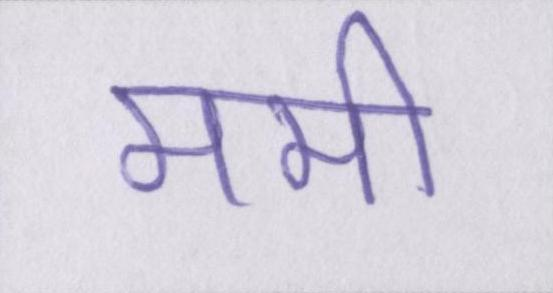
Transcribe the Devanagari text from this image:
ममी